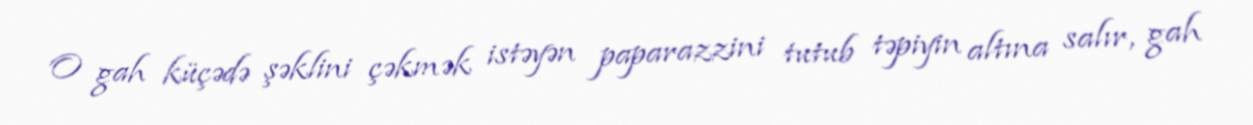
O gah küçədə şəklini çəkmək istəyən paparazzini tutub təpiyin altına salır, gah